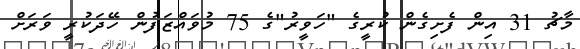
މާޗު 31 އިން ފެށިގެން ކުރީގެ "ހަވީރު"ގެ 75 މުވައްޒަފުން ހޭދަކުރީ ވަރަށް